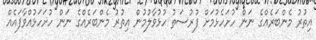
އިތުރު މެންބަރެއްގެ ނަން ހުށަހެޅުމަށް ފުރުސަތު ހުޅުވާލުމުން އިތުރު މެންބަރެއްގެ ނަން ހުށަހަޅުއްވާފައެއް